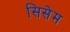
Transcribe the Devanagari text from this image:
सिसेम